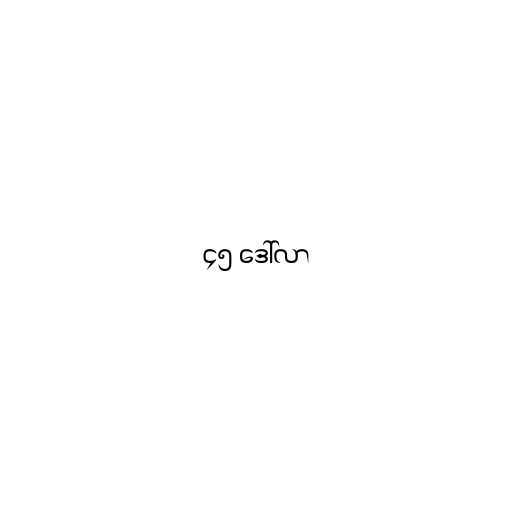
၄၅ ဒေါ်လာ